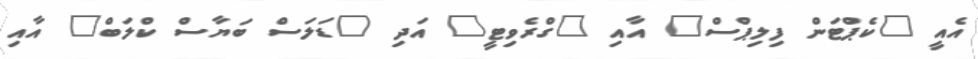
އެއީ "ކެޕްޓަން ފިލިޕްސް" އާއި "ގްރެވިޓީ" އަދި "ޑަލަސް ބަޔާސް ކްލަބް" އާއި